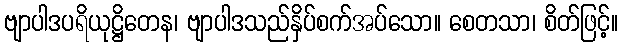
ဗျာပါဒပရိယုဋ္ဌိတေန၊ ဗျာပါဒသည်နှိပ်စက်အပ်သော။ စေတသာ၊ စိတ်ဖြင့်။